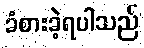
ခံစားခဲ့ရပါသည်